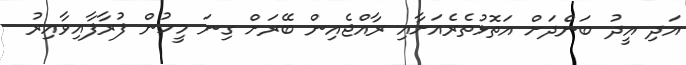
އަދި އީދު ބަންދަށް އަތޮޅުތެރެއަށާއި ރާއްޖެއިން ބޭރަށް ގިނަ މީހުން ފުރާފާއިވާއިރު